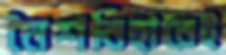
নৈশবিহারেই